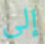
إلى